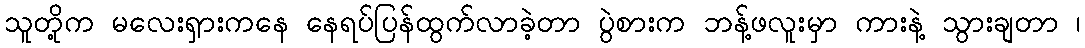
သူတို့က မလေးရှားကနေ နေရပ်ပြန်ထွက်လာခဲ့တာ ပွဲစားက ဘန့်ဖလူးမှာ ကားနဲ့ သွားချတာ ၊